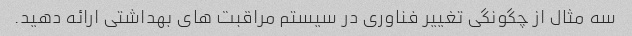
سه مثال از چگونگی تغییر فناوری در سیستم مراقبت های بهداشتی ارائه دهید.